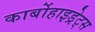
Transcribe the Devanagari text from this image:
कार्बोहाइड्रेट्‌स